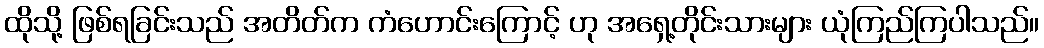
ထိုသို့ ဖြစ်ရခြင်းသည် အတိတ်က ကံဟောင်းကြောင့် ဟု အရှေ့တိုင်းသားများ ယုံကြည်ကြပါသည်။